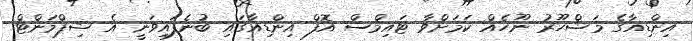
އިންޑިއާގެ މަޝްހޫރު ނޫހެއް ކަމަށްވާ ޓައިމްސް އޮފް އިންޑިއާގައި ބުނެފައިވަނީ އެ ޝިޕްމަންޓް